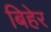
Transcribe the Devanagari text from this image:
बिहेर